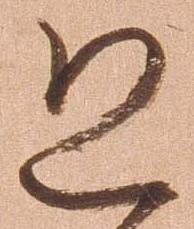
恐